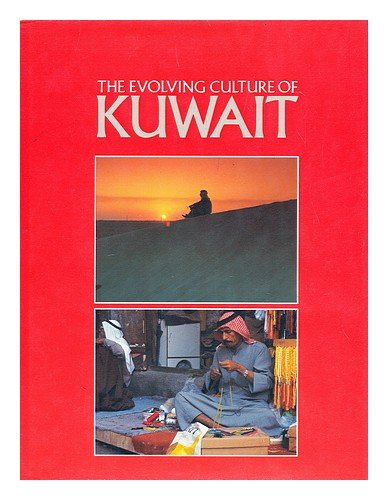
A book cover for Evolving Culture of Kuwait; Scarce; History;